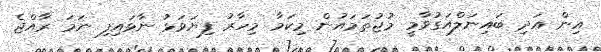
އިން އަދި ބައިނަލްއަގުވާމީ މުޖުތަމައުން މިކަމާ މިހާރު ފިޔަވަޅު ނާޅައިފި ނަމަ ރާއްޖެ